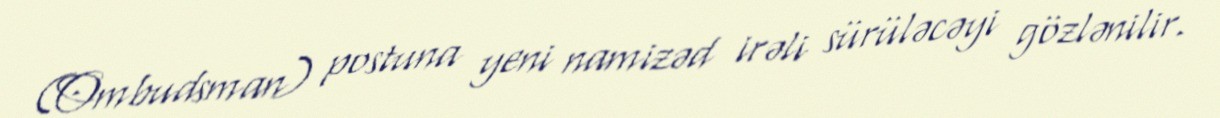
(Ombudsman) postuna yeni namizəd irəli sürüləcəyi gözlənilir.